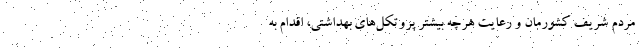
مردم شریف کشورمان و رعایت هرچه بیشتر پروتکل­های بهداشتی، اقدام به